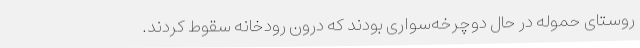
روستای حموله در حال دوچرخه‌سواری بودند که درون رودخانه سقوط کردند.